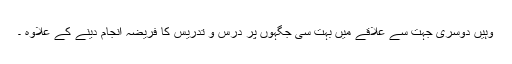
وہیں دوسری جہت سے علاقے میں بہت سی جگہوں پر درس و تدریس کا فریضہ انجام دینے کے علاوہ ۔